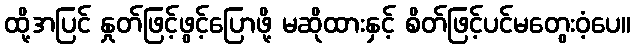
ထို့အပြင် နှုတ်ဖြင့်ဖွင့်ပြောဖို့ မဆိုထားနှင့် စိတ်ဖြင့်ပင်မတွေးဝံ့ပေ။